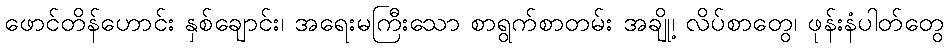
ဖောင်တိန်ဟောင်း နှစ်ချောင်း၊ အရေးမကြီးသော စာရွက်စာတမ်း အချို့၊ လိပ်စာတွေ၊ ဖုန်းနံပါတ်တွေ